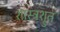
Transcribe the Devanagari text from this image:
शास्त्रश्रुत